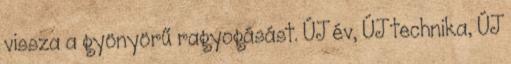
vissza a gyönyörű ragyogásást. ÚJ év, ÚJ technika, ÚJ